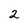
Character: 2